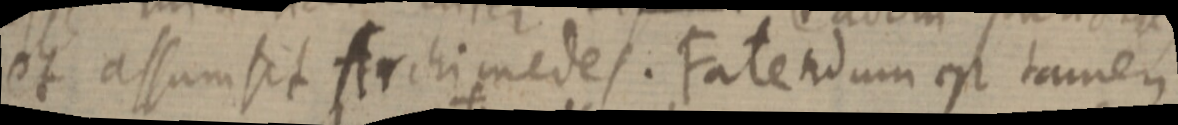
et assumsit Archimedes. Fatendum est tamen